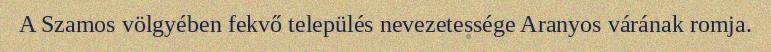
A Szamos völgyében fekvő település nevezetessége Aranyos várának romja.